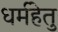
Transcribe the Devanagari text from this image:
धर्महेतु